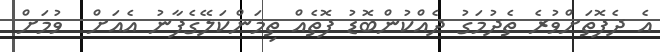
އެ ދެފޮތަށްވުރެ ތެދުމަގު ދެއްކުންބޮޑު ފޮތެއް ތިމަންކަލޭގެފާނު އެއަށް  ވުމަށް